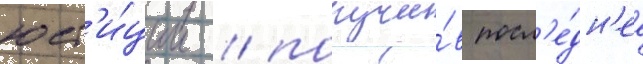
юст'и́ции / получи́в посл'е́дн'ее